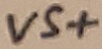
Text: VS+